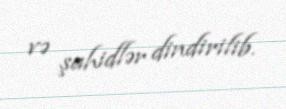
və şahidlər dindirilib.